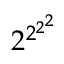
2 ^ { 2 ^ { 2 ^ { 2 } } }